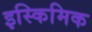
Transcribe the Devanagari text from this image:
इस्किमिक